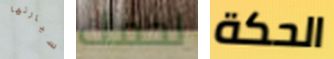
سيارتها لحمك الحكة